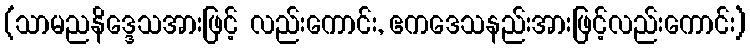
(သာမညနိဒ္ဒေသအားဖြင့် လည်းကောင်း, ဧကဒေသနည်းအားဖြင့်လည်းကောင်း)